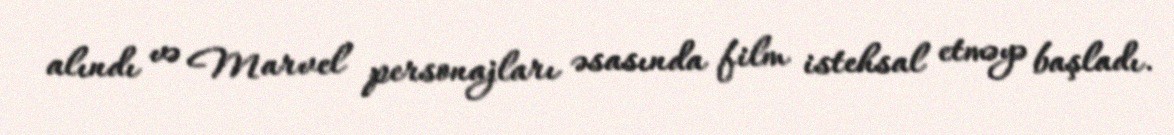
alındı və Marvel personajları əsasında film istehsal etməyə başladı.